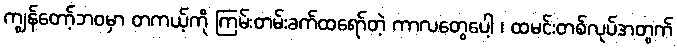
ကျွန်တော့်ဘဝမှာ တကယ့်ကို ကြမ်းတမ်းခက်ထရော်တဲ့ ကာလတွေပေါ့ ၊ ထမင်းတစ်လုပ်အတွက်